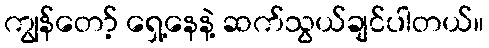
ကျွန်တော့် ရှေ့နေနဲ့ ဆက်သွယ်ချင်ပါတယ်။